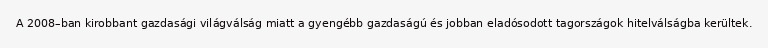
A 2008–ban kirobbant gazdasági világválság miatt a gyengébb gazdaságú és jobban eladósodott tagországok hitelválságba kerültek.